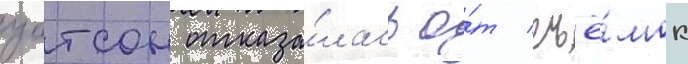
уотсон отказа́лась о́т съё́мок